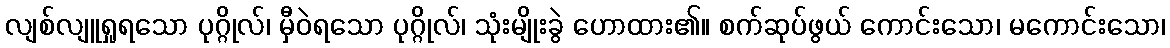
လျစ်လျူရှုရသော ပုဂ္ဂိုလ်၊ မှီဝဲရသော ပုဂ္ဂိုလ်၊ သုံးမျိုးခွဲ ဟောထား၏။ စက်ဆုပ်ဖွယ် ကောင်းသော၊ မကောင်းသော၊